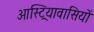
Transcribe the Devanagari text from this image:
आस्ट्रियावासियों